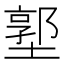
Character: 𱗳